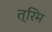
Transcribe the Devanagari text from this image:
त्रिम